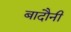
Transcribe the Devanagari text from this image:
बादौनी